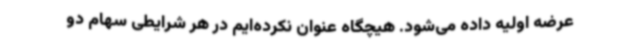
عرضه اولیه داده می‌شود. هیچگاه عنوان نکرده‌ایم در هر شرایطی سهام دو